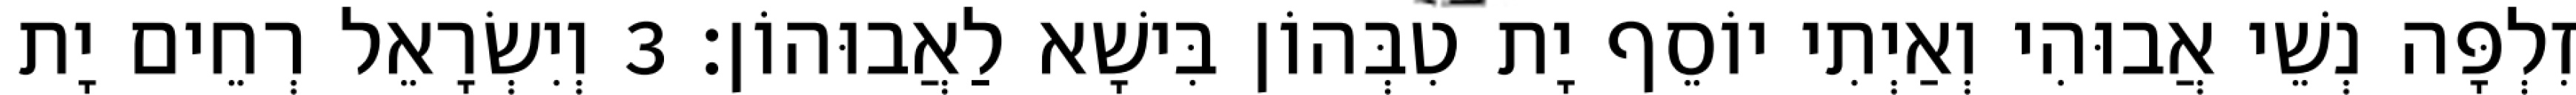
זִלְפָּה נְשֵׁי אֲבוּהִי וְאַיְתִי יוֹסֵף יָת טִבְּהוֹן בִּישָׁא לַאֲבוּהוֹן׃ 3 וְיִשְׂרָאֵל רְחֵים יָת